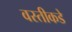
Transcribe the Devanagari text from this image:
वस्तीकडे